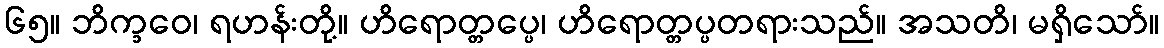
၆၅။ ဘိက္ခဝေ၊ ရဟန်းတို့။ ဟိရောတ္တပ္ပေ၊ ဟိရောတ္တပ္ပတရားသည်။ အသတိ၊ မရှိသော်။